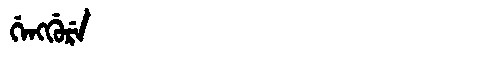
Manchu: ᡤᡝᠩᡤᡠᡵᡝ
Romanization: GENGGURE